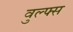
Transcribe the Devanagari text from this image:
वुल्फ्स